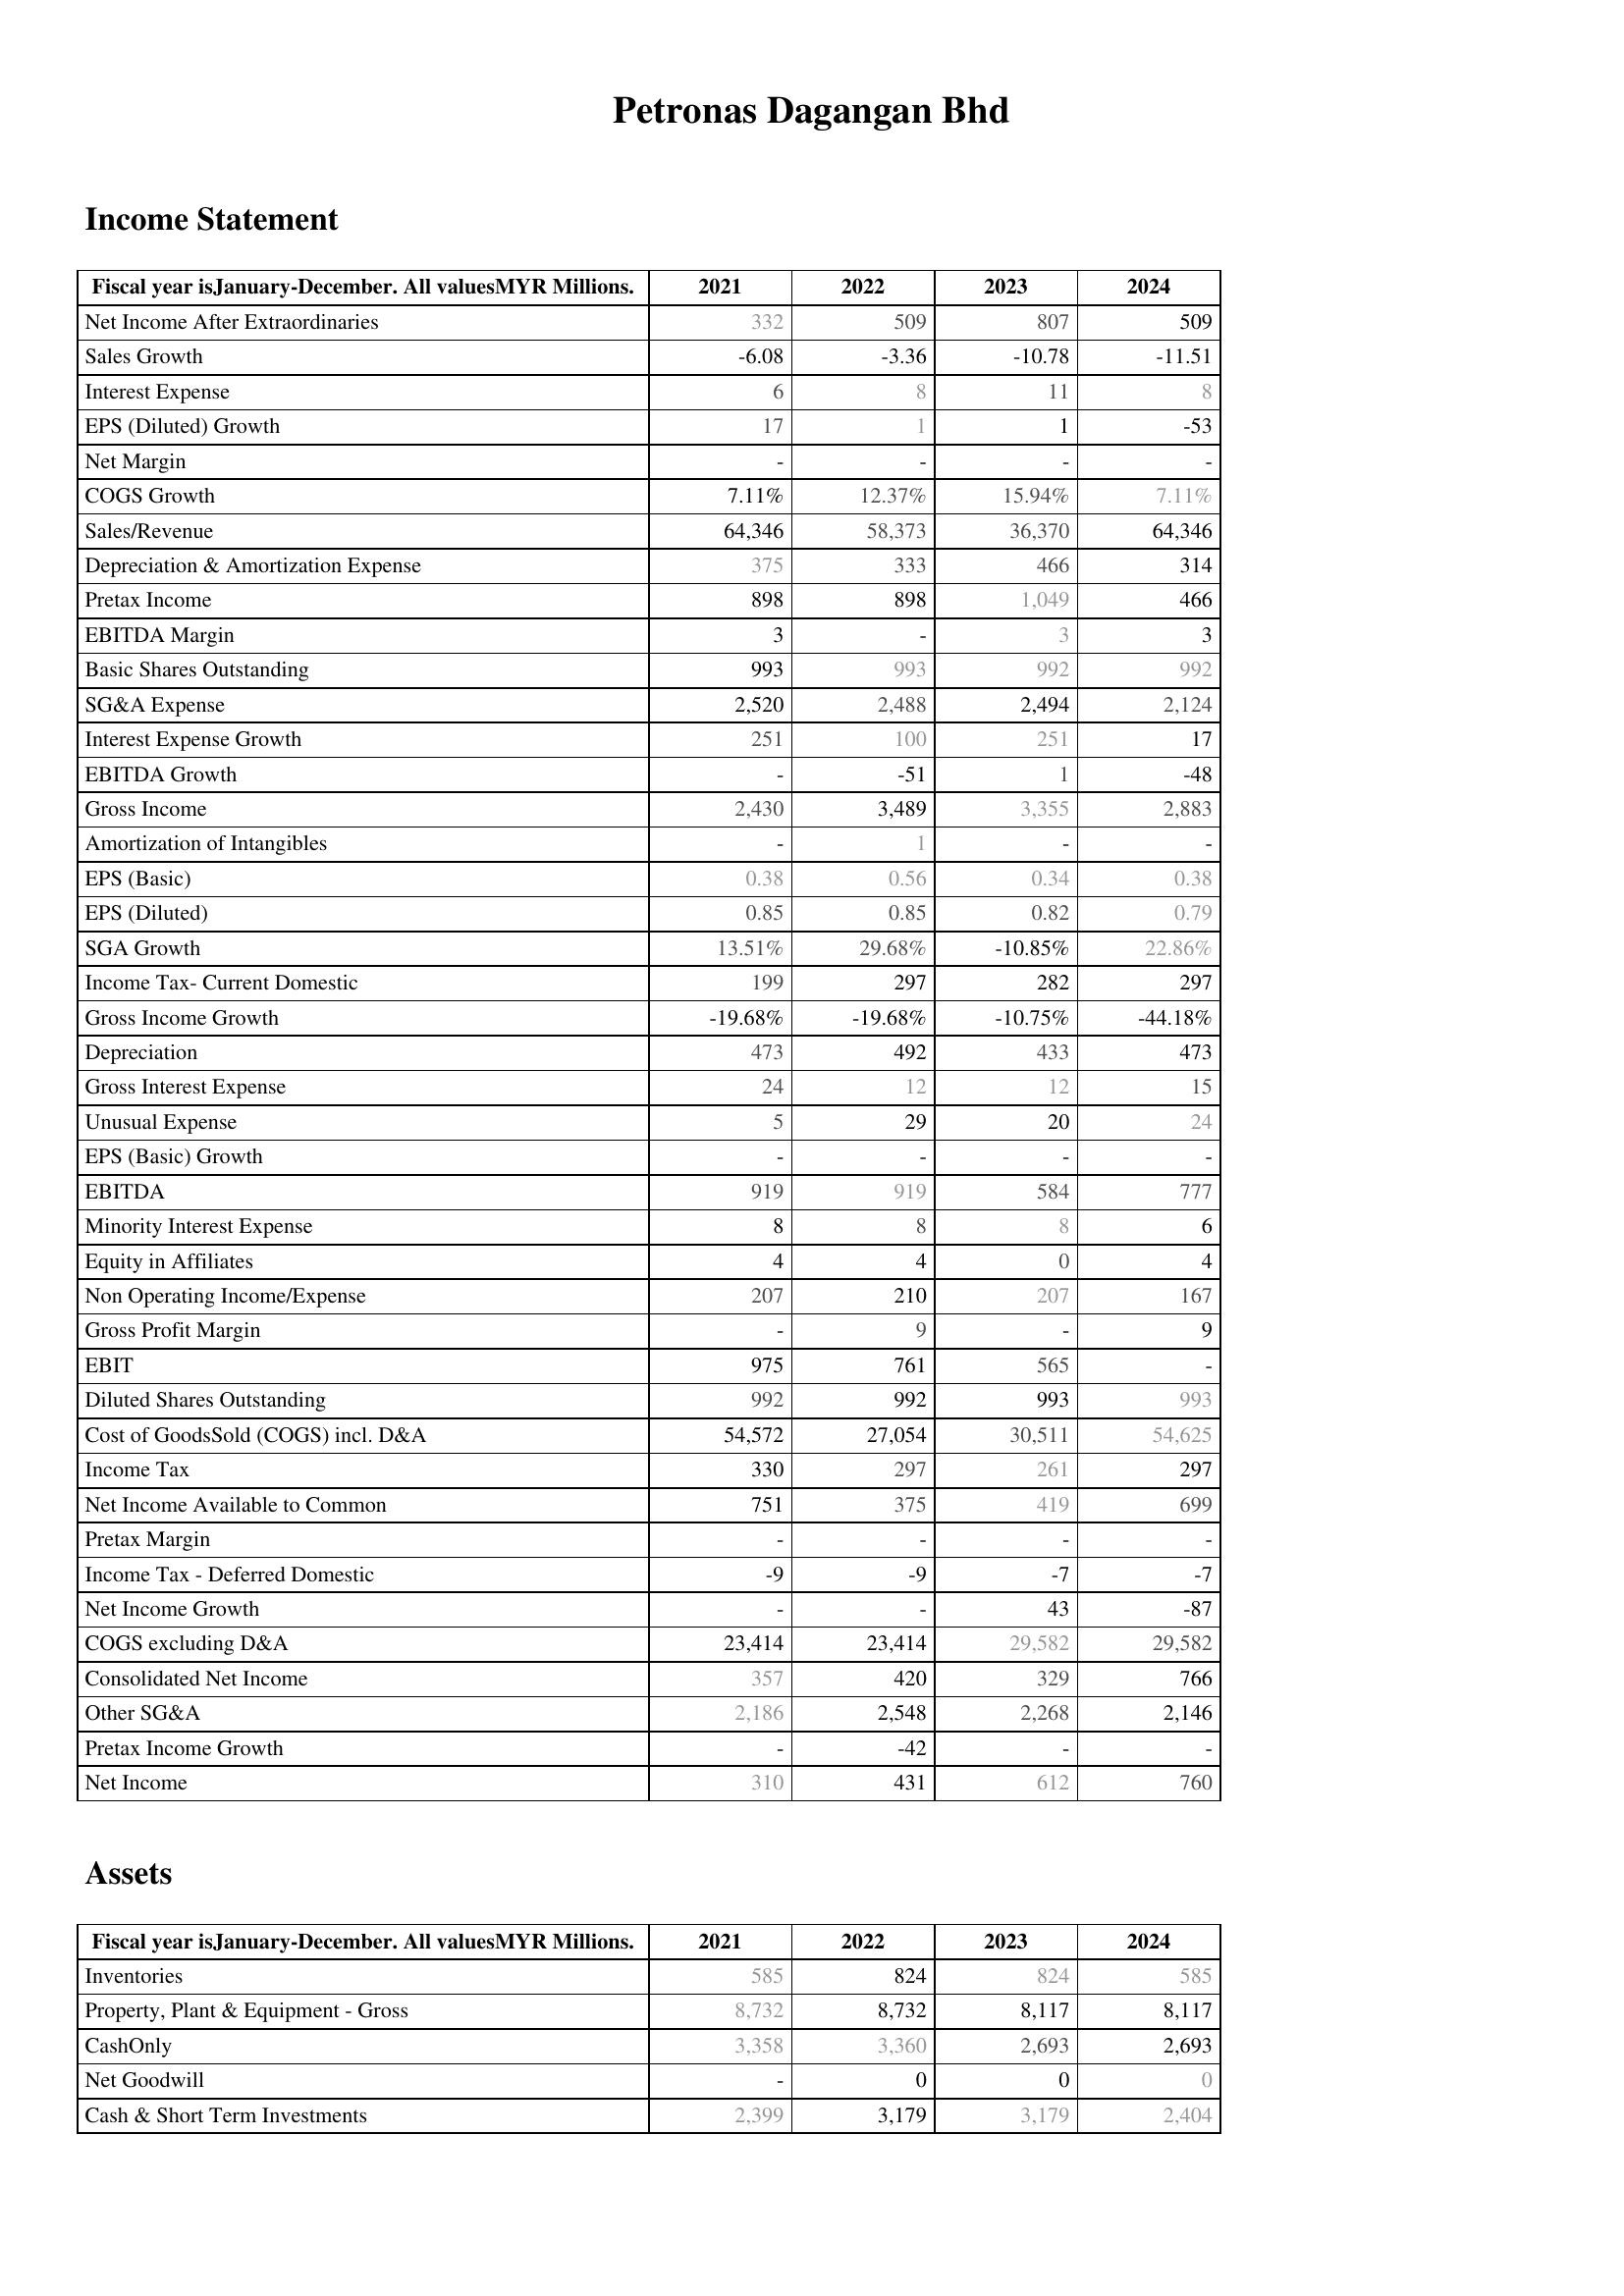
2021: Income Statement: Net Income After Extraordinaries: 332
Sales Growth: -6.08
Interest Expense: 6
EPS (Diluted) Growth: 17
Net Margin: -
COGS Growth: 7.11%
Sales/Revenue: 64,346
Depreciation & Amortization Expense: 375
Pretax Income: 898
EBITDA Margin: 3
Basic Shares Outstanding: 993
SG&A Expense: 2,520
Interest Expense Growth: 251
EBITDA Growth: -
Gross Income: 2,430
Amortization of Intangibles: -
EPS (Basic): 0.38
EPS (Diluted): 0.85
SGA Growth: 13.51%
Income Tax- Current Domestic: 199
Gross Income Growth: -19.68%
Depreciation: 473
Gross Interest Expense: 24
Unusual Expense: 5
EPS (Basic) Growth: -
EBITDA: 919
Minority Interest Expense: 8
Equity in Affiliates: 4
Non Operating Income/Expense: 207
Gross Profit Margin: -
EBIT: 975
Diluted Shares Outstanding: 992
Cost of GoodsSold (COGS) incl. D&A: 54,572
Income Tax: 330
Net Income Available to Common: 751
Pretax Margin: -
Income Tax - Deferred Domestic: -9
Net Income Growth: -
COGS excluding D&A: 23,414
Consolidated Net Income: 357
Other SG&A: 2,186
Pretax Income Growth: -
Net Income: 310
Assets: Inventories: 585
Property, Plant & Equipment - Gross : 8,732
CashOnly: 3,358
Net Goodwill: -
Cash & Short Term Investments: 2,399
2022: Income Statement: Net Income After Extraordinaries: 509
Sales Growth: -3.36
Interest Expense: 8
EPS (Diluted) Growth: 1
Net Margin: -
COGS Growth: 12.37%
Sales/Revenue: 58,373
Depreciation & Amortization Expense: 333
Pretax Income: 898
EBITDA Margin: -
Basic Shares Outstanding: 993
SG&A Expense: 2,488
Interest Expense Growth: 100
EBITDA Growth: -51
Gross Income: 3,489
Amortization of Intangibles: 1
EPS (Basic): 0.56
EPS (Diluted): 0.85
SGA Growth: 29.68%
Income Tax- Current Domestic: 297
Gross Income Growth: -19.68%
Depreciation: 492
Gross Interest Expense: 12
Unusual Expense: 29
EPS (Basic) Growth: -
EBITDA: 919
Minority Interest Expense: 8
Equity in Affiliates: 4
Non Operating Income/Expense: 210
Gross Profit Margin: 9
EBIT: 761
Diluted Shares Outstanding: 992
Cost of GoodsSold (COGS) incl. D&A: 27,054
Income Tax: 297
Net Income Available to Common: 375
Pretax Margin: -
Income Tax - Deferred Domestic: -9
Net Income Growth: -
COGS excluding D&A: 23,414
Consolidated Net Income: 420
Other SG&A: 2,548
Pretax Income Growth: -42
Net Income: 431
Assets: Inventories: 824
Property, Plant & Equipment - Gross : 8,732
CashOnly: 3,360
Net Goodwill: 0
Cash & Short Term Investments: 3,179
2023: Income Statement: Net Income After Extraordinaries: 807
Sales Growth: -10.78
Interest Expense: 11
EPS (Diluted) Growth: 1
Net Margin: -
COGS Growth: 15.94%
Sales/Revenue: 36,370
Depreciation & Amortization Expense: 466
Pretax Income: 1,049
EBITDA Margin: 3
Basic Shares Outstanding: 992
SG&A Expense: 2,494
Interest Expense Growth: 251
EBITDA Growth: 1
Gross Income: 3,355
Amortization of Intangibles: -
EPS (Basic): 0.34
EPS (Diluted): 0.82
SGA Growth: -10.85%
Income Tax- Current Domestic: 282
Gross Income Growth: -10.75%
Depreciation: 433
Gross Interest Expense: 12
Unusual Expense: 20
EPS (Basic) Growth: -
EBITDA: 584
Minority Interest Expense: 8
Equity in Affiliates: 0
Non Operating Income/Expense: 207
Gross Profit Margin: -
EBIT: 565
Diluted Shares Outstanding: 993
Cost of GoodsSold (COGS) incl. D&A: 30,511
Income Tax: 261
Net Income Available to Common: 419
Pretax Margin: -
Income Tax - Deferred Domestic: -7
Net Income Growth: 43
COGS excluding D&A: 29,582
Consolidated Net Income: 329
Other SG&A: 2,268
Pretax Income Growth: -
Net Income: 612
Assets: Inventories: 824
Property, Plant & Equipment - Gross : 8,117
CashOnly: 2,693
Net Goodwill: 0
Cash & Short Term Investments: 3,179
2024: Income Statement: Net Income After Extraordinaries: 509
Sales Growth: -11.51
Interest Expense: 8
EPS (Diluted) Growth: -53
Net Margin: -
COGS Growth: 7.11%
Sales/Revenue: 64,346
Depreciation & Amortization Expense: 314
Pretax Income: 466
EBITDA Margin: 3
Basic Shares Outstanding: 992
SG&A Expense: 2,124
Interest Expense Growth: 17
EBITDA Growth: -48
Gross Income: 2,883
Amortization of Intangibles: -
EPS (Basic): 0.38
EPS (Diluted): 0.79
SGA Growth: 22.86%
Income Tax- Current Domestic: 297
Gross Income Growth: -44.18%
Depreciation: 473
Gross Interest Expense: 15
Unusual Expense: 24
EPS (Basic) Growth: -
EBITDA: 777
Minority Interest Expense: 6
Equity in Affiliates: 4
Non Operating Income/Expense: 167
Gross Profit Margin: 9
EBIT: -
Diluted Shares Outstanding: 993
Cost of GoodsSold (COGS) incl. D&A: 54,625
Income Tax: 297
Net Income Available to Common: 699
Pretax Margin: -
Income Tax - Deferred Domestic: -7
Net Income Growth: -87
COGS excluding D&A: 29,582
Consolidated Net Income: 766
Other SG&A: 2,146
Pretax Income Growth: -
Net Income: 760
Assets: Inventories: 585
Property, Plant & Equipment - Gross : 8,117
CashOnly: 2,693
Net Goodwill: 0
Cash & Short Term Investments: 2,404